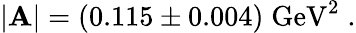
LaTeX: |\mathbf{A}|=(0.115\pm0.004)\; \mathrm{{GeV}}^{2}\; .